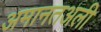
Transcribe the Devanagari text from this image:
अमानतअली